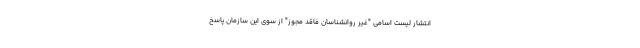
انتشار لیست اسامی "غیر روانشناسان فاقد مجوز" از سوی این سازمان پاسخ